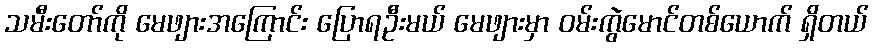
သမီးတော်ကို မေဖျားအကြောင်း ပြောရဦးမယ် မေဖျားမှာ ဝမ်းကွဲမောင်တစ်ယောက် ရှိတယ်